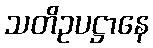
သတိဥပဋ္ဌာနေ